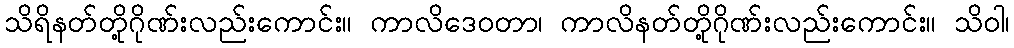
သိရိနတ်တို့ဂိုဏ်းလည်းကောင်း။ ကာလိဒေဝတာ၊ ကာလိနတ်တို့ဂိုဏ်းလည်းကောင်း။ သိဝါ၊